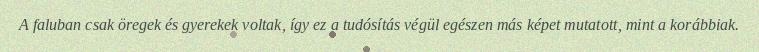
A faluban csak öregek és gyerekek voltak, így ez a tudósítás végül egészen más képet mutatott, mint a korábbiak.